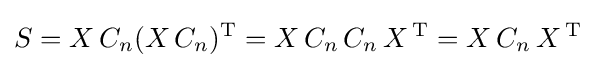
S=X\,C_{n}(X\,C_{n})^{\mathrm {T} }=X\,C_{n}\,C_{n}\,X\,^{\mathrm {T} }=X\,C_{n}\,X\,^{\mathrm {T} }